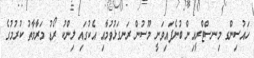
ހައުސިންގ މިނސްޓްރީއިން ބުނެފައިވަނީ މޫސުން ރަނގަޅުވުމާއި އެކުގައި ލިންކު ރޯޑު މަރާމާތު ކުރުުމުގެ